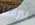
بيرالتا